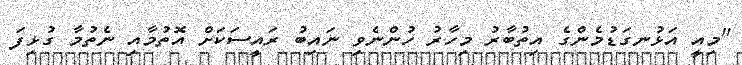
"މިއީ އަޅުނގަޑުމެންގެ އިތުބާރު މިހާރު ހުންނެވި ނައިބު ރައީސަކަށް އޮތުމާއި ނެތުމާ ގުޅިފަ